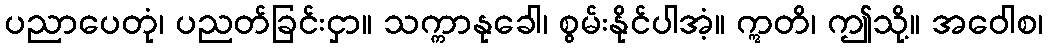
ပညာပေတုံ၊ ပညတ်ခြင်းငှာ။ သက္ကာနုခေါ၊ စွမ်းနိုင်ပါအံ့။ ဣတိ၊ ဤသို့။ အဝေါစ၊